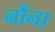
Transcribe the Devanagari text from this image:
नौंना